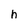
Character: h